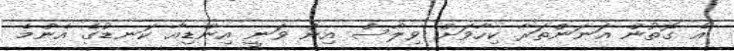
އެ ގޮތުން އަނަންތަރާ ކިހާވަށް ވިލާސް އިން ވަނީ އިންޑިއާ ކަނޑުގެ އެންމެ